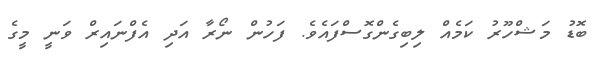
ބޮޑު މަޝްހޫރު ކަމެއް ލިބިގެންގޮސްފައެވެ. ފަހުން ނޯރާ އަދި އެފްނައިރް ވަނީ މީގެ